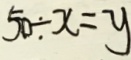
5 0 \div x = y